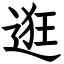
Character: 逛